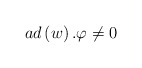
\begin{align*}ad\left( w\right) .\varphi \neq 0 \end{align*}